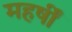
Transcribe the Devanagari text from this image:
महर्षीं